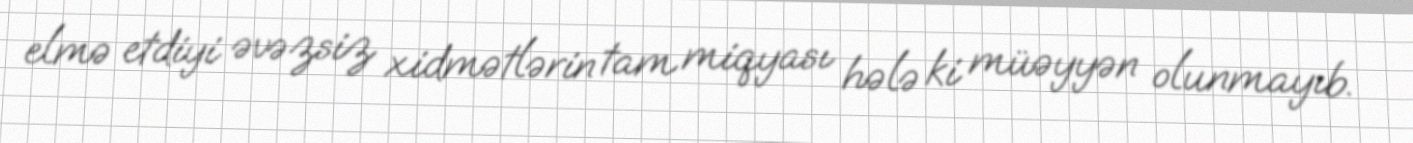
elmə etdiyi əvəzsiz xidmətlərin tam miqyası hələ ki müəyyən olunmayıb.